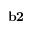
{ \bf b 2 }